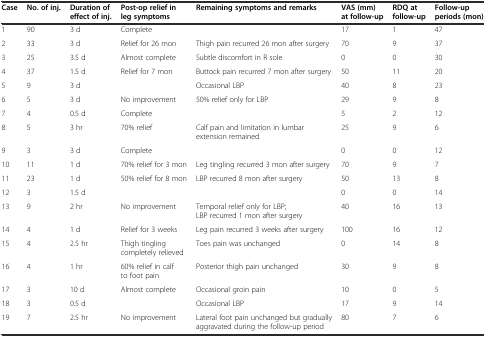
| Case | No. of inj. | Duration of effect of inj. | Post-op relief in leg symptoms | Remaining symptoms and remarks | VAS (mm) at follow-up | RDQ at follow-up | Follow-up periods (mon) |
 | --- | --- | --- | --- | --- | --- | --- | --- |
 | 1 | 90 | 3 d | Complete |  | 17 | 1 | 47 |
 | 2 | 33 | 3 d | Relief for 26 mon | Thigh pain recurred 26 mon after surgery | 70 | 9 | 37 |
 | 3 | 25 | 3.5 d | Almost complete | Subtle discomfort in R sole | 0 | 0 | 30 |
 | 4 | 37 | 1.5 d | Relief for 7 mon | Buttock pain recurred 7 mon after surgery | 50 | 11 | 20 |
 | 5 | 9 | 3 d |  | Occasional LBP | 40 | 8 | 23 |
 | 6 | 5 | 3 d | No improvement | 50% relief only for LBP | 29 | 9 | 8 |
 | 7 | 4 | 0.5 d | Complete |  | 5 | 2 | 12 |
 | 8 | 5 | 3 hr | 70% relief | Calf pain and limitation in lumbar extension remained | 25 | 9 | 6 |
 | 9 | 3 | 3 d | Complete |  | 0 | 0 | 12 |
 | 10 | 11 | 1 d | 70% relief for 3 mon | Leg tingling recurred 3 mon after surgery | 70 | 9 | 7 |
 | 11 | 23 | 1 d | 50% relief for 8 mon | LBP recurred 8 mon after surgery | 50 | 13 | 8 |
 | 12 | 3 | 1.5 d |  |  | 0 | 0 | 14 |
 | 13 | 9 | 2 hr | No improvement | Temporal relief only for LBP; LBP recurred 1 mon after surgery | 40 | 16 | 13 |
 | 14 | 4 | 1 d | Relief for 3 weeks | Leg pain recurred 3 weeks after surgery | 100 | 16 | 12 |
 | 15 | 4 | 2.5 hr | Thigh tingling completely relieved | Toes pain was unchanged | 0 | 14 | 8 |
 | 16 | 4 | 1 hr | 60% relief in calf to foot pain | Posterior thigh pain unchanged | 30 | 9 | 8 |
 | 17 | 3 | 10 d | Almost complete | Occasional groin pain | 10 | 0 | 5 |
 | 18 | 3 | 0.5 d |  | Occasional LBP | 17 | 9 | 14 |
 | 19 | 7 | 2.5 hr | No improvement | Lateral foot pain unchanged but gradually aggravated during the follow-up period | 80 | 7 | 6 |